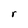
Character: r